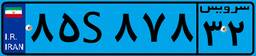
۸۵S۸۷۸۳۲